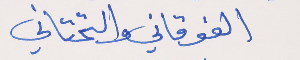
الفوقاني والتحتاني